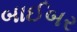
બાઈબર